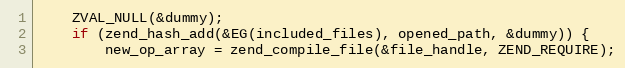
Language: C++
    ZVAL_NULL(&dummy);
    if (zend_hash_add(&EG(included_files), opened_path, &dummy)) {
        new_op_array = zend_compile_file(&file_handle, ZEND_REQUIRE);